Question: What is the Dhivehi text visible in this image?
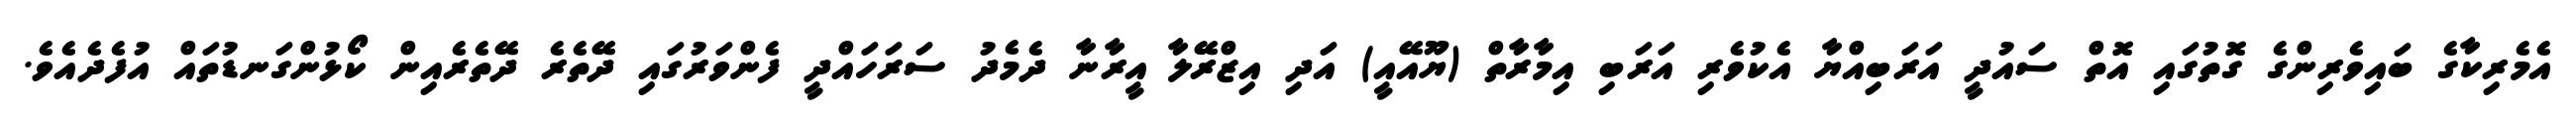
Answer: އެމެރިކާގެ ބައިވެރިންގެ ގޮތުގައި އޮތް ސައުދީ އަރަބިއްޔާ އެކުވެރި އަރަބި އިމާރާތް (ޔޫއޭއީ) އަދި އިޒްރޭލާ އީރާނާ ދެމެދު ސަރަހައްދީ ފެންވަރުގައި ދޭތެރެ ދޭތެރެއިން ކޯޅުންގަނޑުތައް އުފެދެއެވެ.